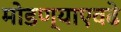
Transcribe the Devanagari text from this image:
मोडण्याएवढे